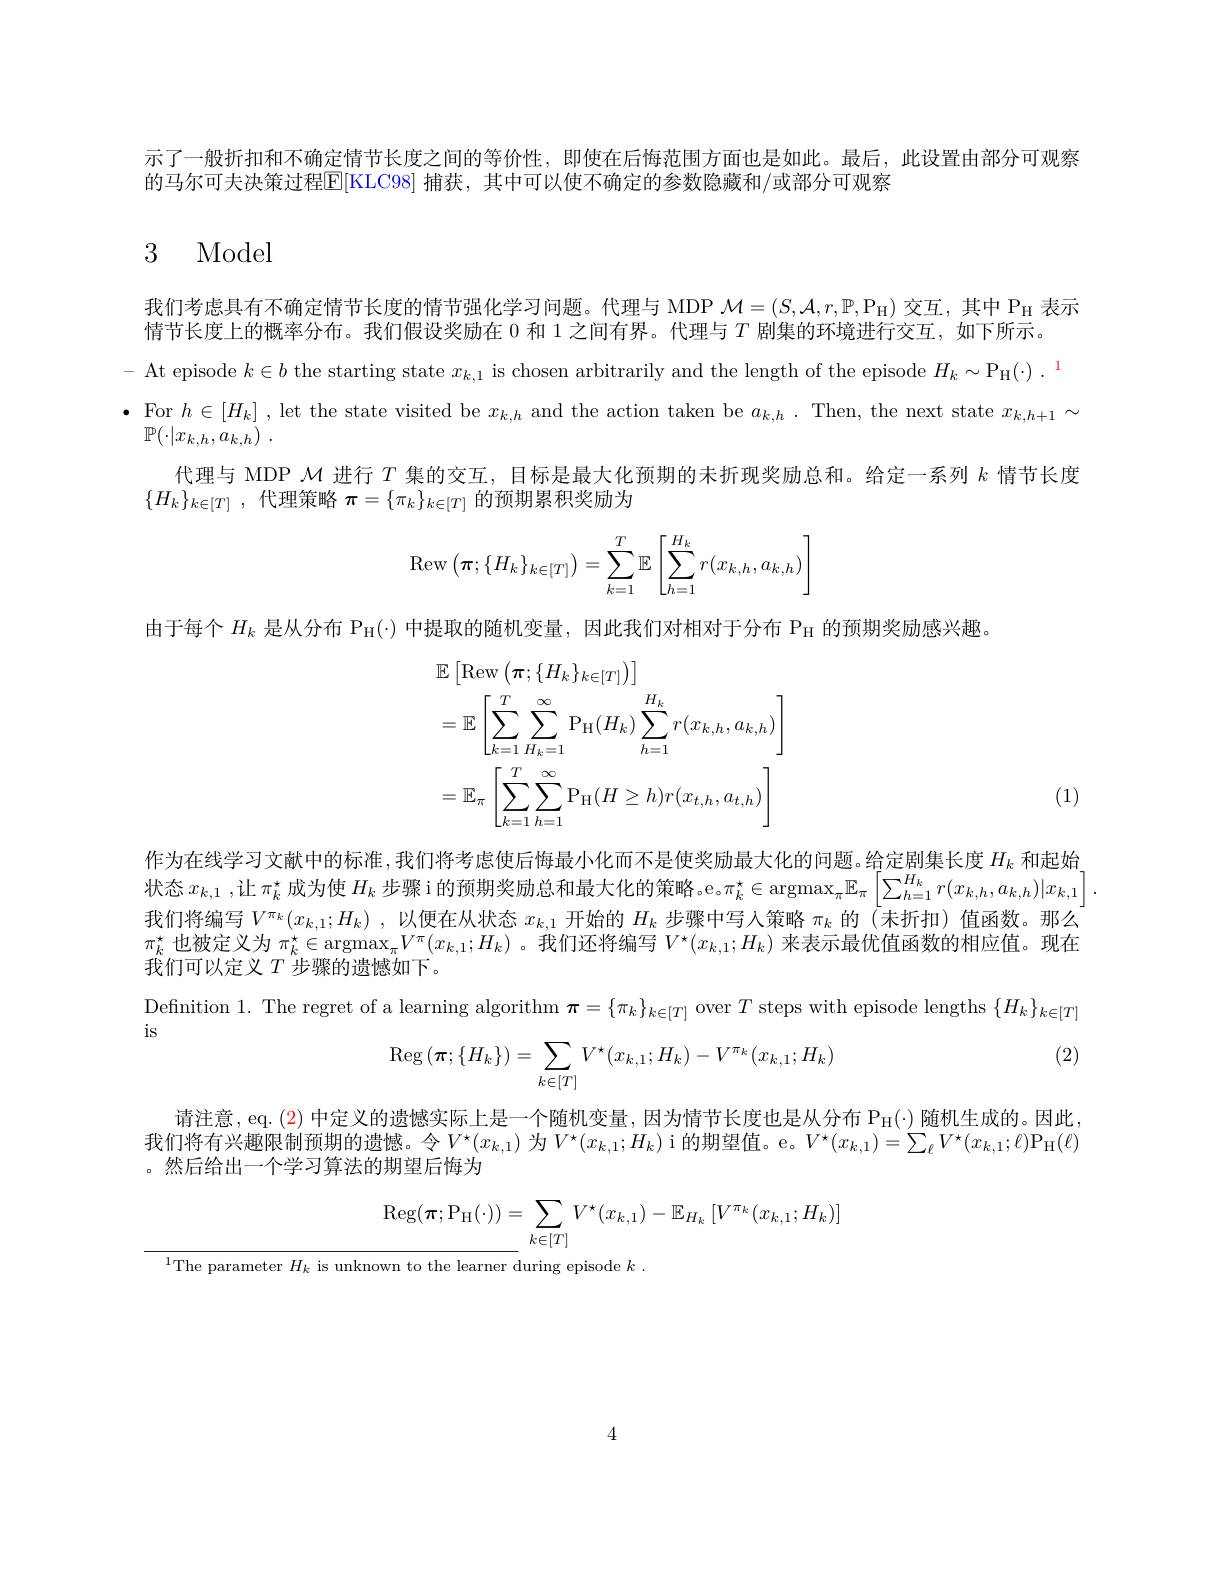
示了一般折扣和不确定情节长度之间的等价性，即使在后悔范围方面也是如此。最后，此设置由部分可观察
的马尔可夫决策过程$\overline{\mathrm{E}}[$KLC98]捕获，其中可以使不确定的参数隐藏和/或部分可观察

# 3 Model

我们考虑具有不确定情节长度的情节强化学习问题。代理与 MDP $\mathcal{M}=(S,\mathcal{A},r,\mathbb{P},\mathbb{P}_{\mathcal{H}})$交互，其中 PH 表示
情节长度上的概率分布。我们假设奖励在 0 和 1 之间有界。代理与$T$剧集的环境进行交互，如下所示。
- At episode $k\in b$ the starting state $x_k,1$ is chosen arbitrarily and the length of the episode $H_k\sim\mathrm{P}_{\mathrm{H}}(\cdot).^{1}$ $\begin{array}{ll}\bullet&\mathrm{For~}h\in[H_k]\:,\text{let the state visited be }x_{k,h}\:\mathrm{and~the~action~taken~be~}a_{k,h}\:.&\mathrm{Then,~the~next~state~}x_{k,h+1}\:\sim\\&\mathbb{P}(\cdot|x_{k,h},a_{k,h})\:.\end{array}$
代理与 MDP $\mathcal{M}$进行$T$集的交互，目标是最大化预期的未折现奖励总和。给定一系列$k$情节长度
$\{H_k\}_{k\in[T]}$,代理策略$\pi=\{\pi_k\}_k\in[T]$的预期累积奖励为
$$\mathrm{Rew}\left(\pi;\{H_k\}_{k\in[T]}\right)=\sum_{k=1}^T\mathbb{E}\left[\sum_{h=1}^{H_k}r(x_{k,h},a_{k,h})\right]$$
由于每个$H_k$是从分布 P$_{\mathrm{H}}(\cdot)$中提取的随机变量，因此我们对相对于分布 P$_{\mathrm{H}}$的预期奖励感兴趣。
$$\begin{aligned}&\mathbb{E}\left[\mathrm{Rew}\left(\boldsymbol{\pi};\{H_{k}\}_{k\in[T]}\right)\right]\\&=\mathbb{E}\left[\sum_{k=1}^{T}\sum_{H_{k}=1}^{\infty}\mathrm{P}_{\mathrm{H}}(H_{k})\sum_{h=1}^{H_{k}}r(x_{k,h},a_{k,h})\right]\\&=\mathbb{E}_{\pi}\left[\sum_{k=1}^{T}\sum_{h=1}^{\infty}\mathrm{P}_{\mathrm{H}}(H\geq h)r(x_{t,h},a_{t,h})\right]\end{aligned}$$
(1)

作为在线学习文献中的标准，我们将考虑使后悔最小化而不是使奖励最大化的问题。给定剧集长度$H_k$和起始状态$x_{k,1}$,让$\pi_k^\star$成为使$H_k$ 步骤i的预期奖励总和最大化的策略。e。$\pi_k^\star\in\operatorname{argmax}_\pi\mathbb{E}_\pi\left[\sum_{h=1}^{H_k}r(x_{k,h},a_{k,h})|x_{k,1}\right].$ 我们将编写$V^\pi_k(x_{k,1};H_k)$ ,以便在从状态$x_k,1$开始的$H_k$步骤中写人策略$\pi_k$的(未折扣)值函数。那么$\pi_k^\star$也被定义为$\pi_k^\star\in\operatorname{argmax}_\pi V^\pi(x_{k,1};H_k)$ 。我们还将编写$V^\star(x_{k,1};H_k)$来表示最优值函数的相应值。现在我们可以定义$T$步骤的遗憾如下。

$is$

Definition 1. The regret of a learning algorithm $\boldsymbol\pi=\{\pi_k\}_{k\in[T]}$ over $T$ steps with episode lengths $\{H_k\}_{k\in[T]}$
$$\operatorname{Reg}\left(\boldsymbol{\pi};\{H_k\}\right)=\sum\limits_{k\in[T]}V^\star(x_{k,1};H_k)-V^{\pi_k}(x_{k,1};H_k)$$
(2)

请注意，eq. (2) 中定义的遗憾实际上是一个随机变量，因为情节长度也是从分布 Pr$_{\mathrm{H}}(\cdot)$随机生成的。因此我们将有兴趣限制预期的遗憾。令$V^\star(x_{k,1})$ 为$V^\star(x_{k,1};H_k)$i的期望值。e。$V^\star(x_{k,1})=\sum_{\ell}V^\star(x_{k,1};\ell)$PH$(\ell)$ 。然后给出一个学习算法的期望后悔为
$$\mathop{\mathrm{Reg}}(\boldsymbol{\pi};\mathop{\mathrm{P_{H}}}(\cdot))=\sum_{k\in[T]}V^{\star}(x_{k,1})-\mathop{\mathbb{E}}_{H_{k}}\left[V^{\pi_{k}}(x_{k,1};H_{k})\right]$$
$^{1}$The parameter $H_k$ is unknown to the learner during episode $k$